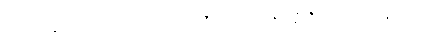
ရုစ္စတိ၊ နှစ်သက်အပ်၏။ ခန္တီဝဏ္ဏဇာတကံ၊ ခန္တီဝဏ္ဏဇာတ်သည်။ နိဋ္ဌိတံ၊